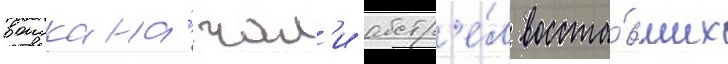
воиска на́чал'и обстр'е́л восста́вших